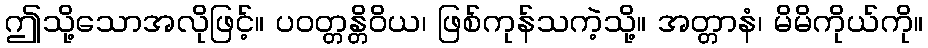
ဤသို့သောအလိုဖြင့်။ ပဝတ္တန္တိဝိယ၊ ဖြစ်ကုန်သကဲ့သို့။ အတ္တာနံ၊ မိမိကိုယ်ကို။